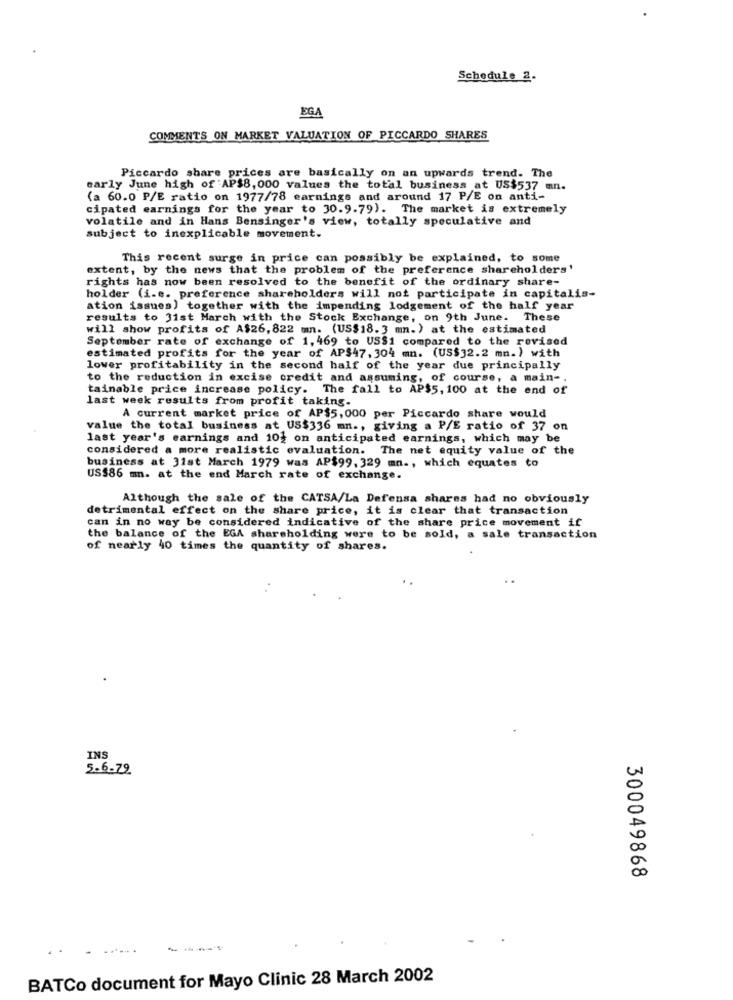
Schedule 2.
EGA
COMMENTS ON MARKET VALUATION OF PICCARDO SHARES
Piccardo share prices are basically on an upwards trend. The
early June high of AP$8, 000 values the total business at US$537 mn.
(a 60.0 P/E ratio on 1977/78 earnings and around 17 P/E on anti-
cipated earnings for the year to 30.9.79). The market is extremely
volatile and in Hans Bensinger's view, totally speculative and
subject to inexplicable movement.
This recent surge in price can possibly be explained, to some
extent, by the news that the problem of the preference shareholders'
rights has now been resolved to the benefit of the ordinary share-
holder (i.e. preference shareholders will not participate in capitalis-
ation issues) together with the impending lodgement of the half year
results to 31st March with the Stock Exchange, on 9th June. These
will show profits of A$26, 822 mn. (US$18. 3 mn.) at the estimated
September rate of exchange of 1, 469 to USS1 compared to the revised
estimated profits for the year of AP$47, 304 mn. (US$32.2 mn.) with
lower profitability in the second half of the year due principally
to the reduction in excise credit and assuming, of course, a main -.
tainable price increase policy. The fall to AP$5, 100 at the end of
last week results from profit taking.
A current market price of AP$5, 000 per Piccardo share would
value the total business at US$336 mn ., giving a P/E ratio of 37 on
last year's earnings and 10} on anticipated earnings, which may be
considered a more realistic evaluation. The net equity value of the
business at 31st March 1979 was AP$99, 329 mn ., which equates to
US$86 mn. at the end March rate of exchange.
Although the sale of the CATSA/La Defensa shares had no obviously
detrimental effect on the share price, it is clear that transaction
can in no way be considered indicative of the share price movement if
the balance of the EGA shareholding were to be sold, a sale transaction
of nearly 40 times the quantity of shares.
INS
5.6-79
300049868
----
BATCo document for Mayo Clinic 28 March 2002